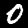
Label: 0